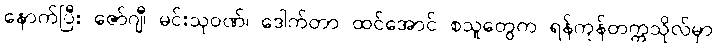
နောက်ပြီး ဇော်ဂျီ၊ မင်းသုဝဏ်၊ ဒေါက်တာ ထင်အောင် စသူတွေက ရန်ကုန်တက္ကသိုလ်မှာ